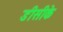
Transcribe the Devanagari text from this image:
डीसीके